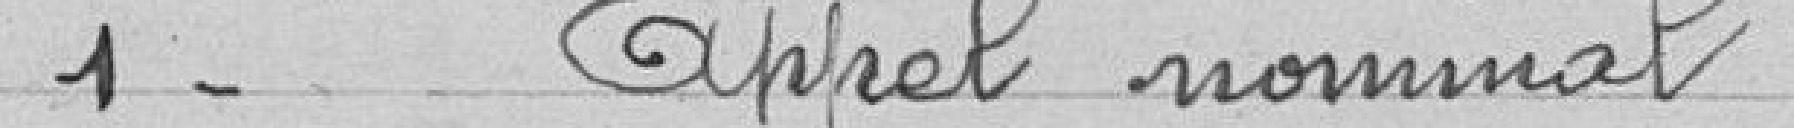
1- Appel nominal